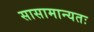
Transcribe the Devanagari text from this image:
सासामान्यतः